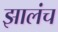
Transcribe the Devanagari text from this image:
झालंच